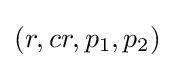
(r,cr,p_{1},p_{2})